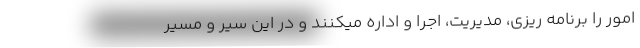
امور را برنامه ریزی، مدیریت، اجرا و اداره میکنند و در این سیر و مسیر